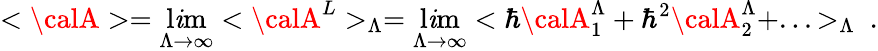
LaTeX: <{\calA}>=\operatorname*{l\mathit{i}m}_{\Lambda\rightarrow\infty}<{\calA}^{L}>_{\Lambda}=\operatorname*{l\mathit{i}m}_{\Lambda\rightarrow\infty}<\hbar{\calA}_{1}^{\Lambda}+\hbar^{2}{\calA}_{2}^{\Lambda}+...>_{\Lambda}\ .